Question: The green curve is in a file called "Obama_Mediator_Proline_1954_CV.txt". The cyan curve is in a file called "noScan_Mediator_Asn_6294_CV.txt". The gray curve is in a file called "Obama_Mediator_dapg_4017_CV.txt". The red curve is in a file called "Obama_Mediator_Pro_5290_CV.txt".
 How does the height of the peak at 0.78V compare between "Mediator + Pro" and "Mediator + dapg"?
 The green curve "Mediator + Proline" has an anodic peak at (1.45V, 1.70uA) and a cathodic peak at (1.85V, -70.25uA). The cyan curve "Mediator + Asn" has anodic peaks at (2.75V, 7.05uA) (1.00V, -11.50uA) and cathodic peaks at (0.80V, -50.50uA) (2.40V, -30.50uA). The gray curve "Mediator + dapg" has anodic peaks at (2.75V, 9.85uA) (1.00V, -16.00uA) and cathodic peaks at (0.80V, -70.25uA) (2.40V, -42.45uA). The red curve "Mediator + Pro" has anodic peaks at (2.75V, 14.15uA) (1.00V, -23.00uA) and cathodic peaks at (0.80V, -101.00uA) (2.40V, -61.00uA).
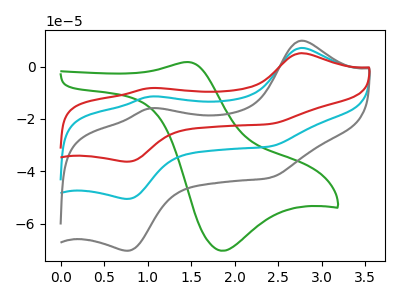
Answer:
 <answer>The peak at 0.78V is higher in "Mediator + Pro" than in "Mediator + dapg".</answer>
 <eval>higher</eval>